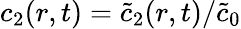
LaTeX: c_{2}(r,t)=\widetilde{c}_{2}(r,t)/\widetilde{c}_{0}